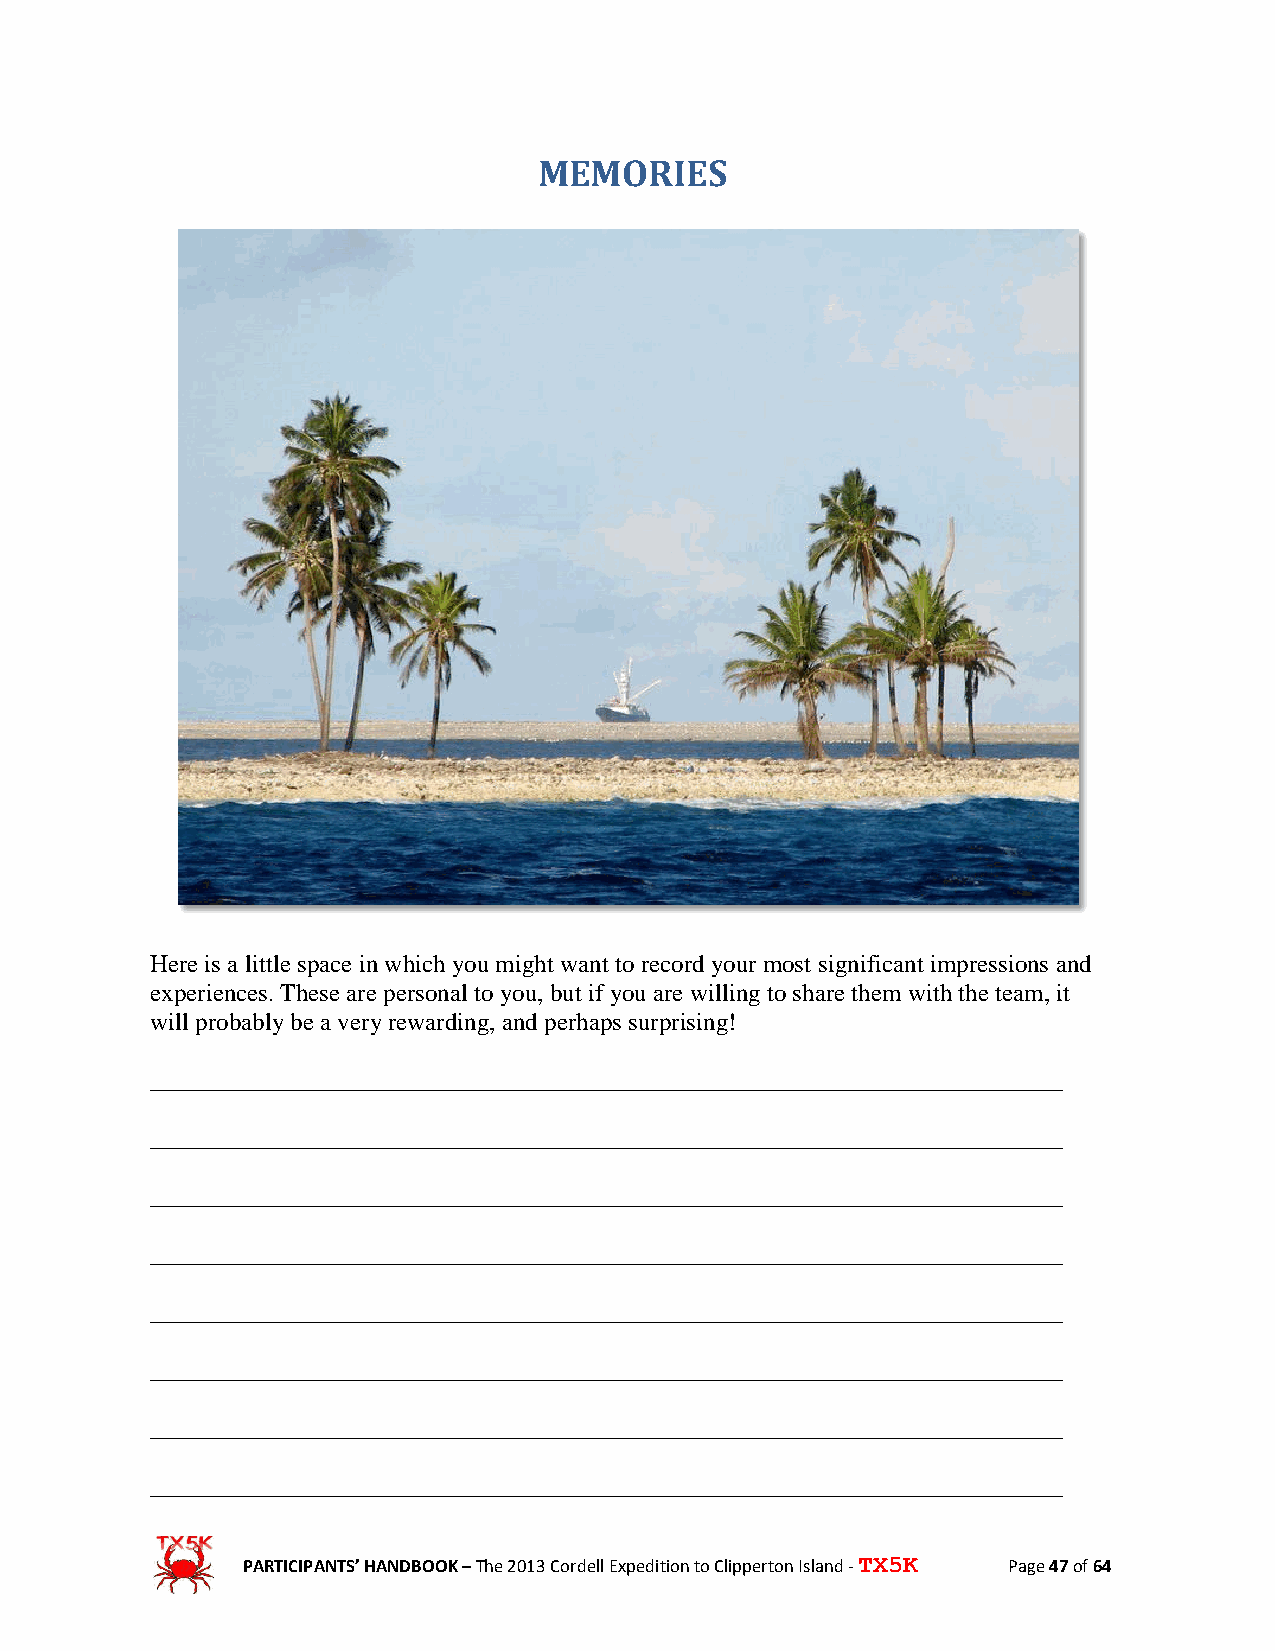
MEMORIES
 Here is a little space in which you might want to record your most significant impressions and
 experiences. These are personal to you, but if you are willing to share them with the team, it
 will probably be a very rewarding, and perhaps surprising!
 _________________________________________________________________________
 _________________________________________________________________________
 _________________________________________________________________________
 _________________________________________________________________________
 _________________________________________________________________________
 _________________________________________________________________________
 _________________________________________________________________________
 _________________________________________________________________________
 PARTICIPANTS’ HANDBOOK – The 2013 Cordell Expedition to Clipperton Island - TX5K Page 47 of 64